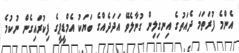
އެންމެ ފުރަތަމަ ދެއަތުގެ އިނގިލިން ގުނާލެވޭ އަދަދެއްގެ ބަޔަކު އެމްޑީޕީގެ ފިކުރައިގެން ނުކުމެ